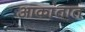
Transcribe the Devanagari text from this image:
आकांतात